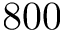
8 0 0